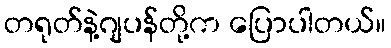
တရုတ်နဲ့ဂျပန်တို့က ပြောပါတယ်။